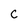
Character: c